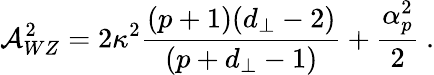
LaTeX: {\cal A}_{WZ}^{2}=2\kappa^{2}\frac{(p+1)(d_{\perp}-2)}{(p+d_{\perp}-1)}+\frac{\alpha_{p}^{2}}{2}\ .